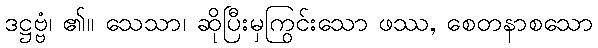
ဒဋ္ဌဗ္ဗံ၊ ၏။ သေသာ၊ ဆိုပြီးမှကြွင်းသော ဖဿ, စေတနာစသော